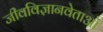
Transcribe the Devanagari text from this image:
जीवविज्ञानवेताओं